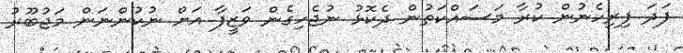
ފަދަ ފިރިހެނުން ކުރާ މަސައްކަތުން ދެކޮޅު ނުޖެހިގެން ވަޒީފާ އަށް ނުކުންނަން މަޖުބޫރު